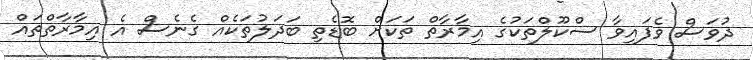
ދުވަސް ވެފައިވާ ސްކޫލްތަކުގެ އިމާރާތް ތަކަށް ބޮޑެތި ބަދަލުތަކެއް ގެނެސް އެ އިމާރާތްތައް